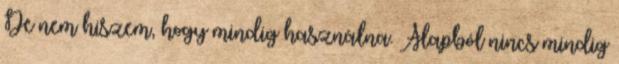
De nem hiszem, hogy mindig használna. Alapból nincs mindig